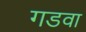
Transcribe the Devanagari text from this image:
गडवा